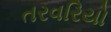
તરવરિયો